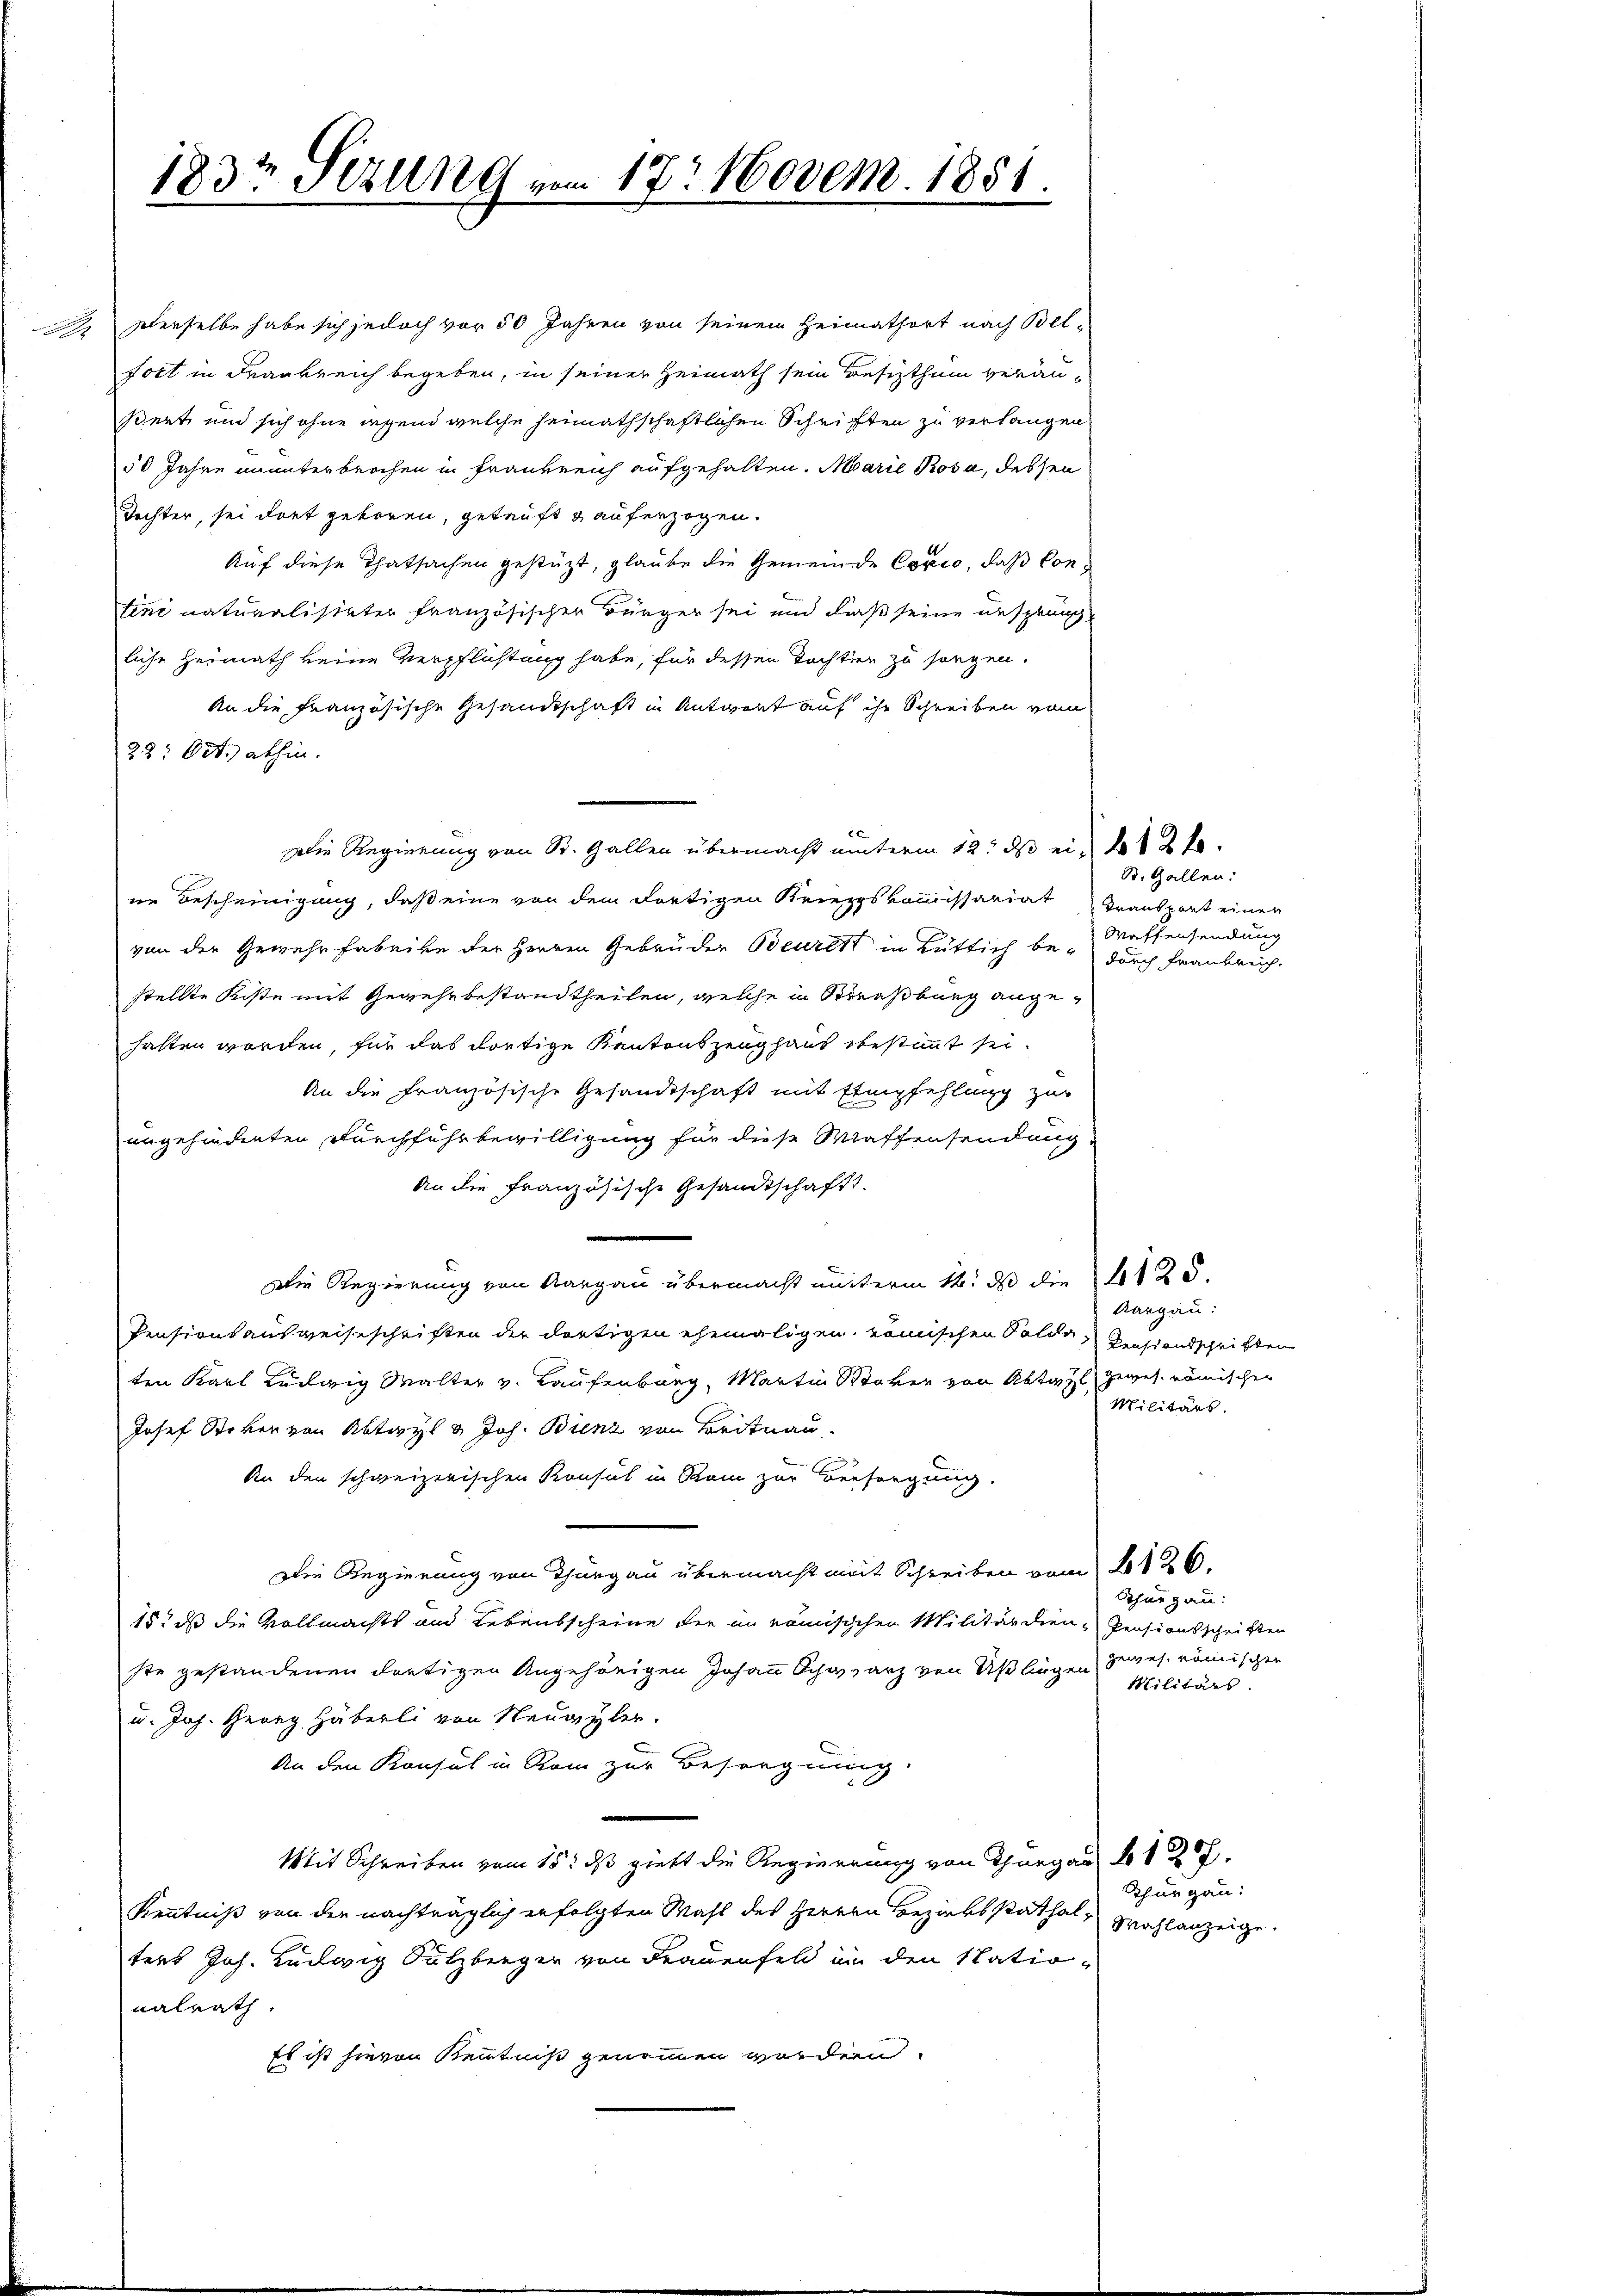
n

Derselbe habe sich jedoch vor 50 Jahren von seinem Heimathort nach Belt
fort in Frankreich begeben, in seiner Heimath sein Besitzthum veranßert und sich ohne irgend welche heimathschaftlichen Schriften zu verlangen
50 Jahre ununterbrochen in Frankreich aufgehalten. Marie Rosa, dessen
Tochter, sei dort geboren, getauft & auferzogen.
Auf diese Thatsachen gestüzt, glaube die Gemeinde Copio, daß Contini naturalisteter französischer Bürger sei und daß seine Ansprung
liche Heimath keine Verpflichtung habe, für dessen Tochten zu sorgen.
An die Französische Gesandtschaft in Antwort auf ihr Schreiben vom
28: Oct. abhin.
Die Regierung von St. Gallen übermacht unterm 12. ds ein 12 t.
ne Bescheinigung, daß eine von dem dortigen Kriegskommissariat Transport einen
von der Gewehrfabrike der Herren Gebrüder Beurest in Lüttich be- durch Frankreich.
stellte Kiste mit Gewehr bestandtheilen, welche in Straßburg angehatten worden, für das dortige Kantonszeughaus bestimmt sei.
An die Französische Gesandtschaft mit Empfehlung zur
angehänderten Durchfuhrbewilligung für diese Waffensendung
An die Französische Gesandtschaft.
Die Regierung von Aargau übermacht unterm 14. ds die 125.
Aargau:
Pensionsausweiseschriften der dortigen ehemaligen römischen Solde Bestandschriften
ten Karl Ludwig Walter v. Laufenbarg, Martin Stoker von Abtag gewes römischen
Militärs.
Josef Stoker von Abteyl & Joh. Bienz von Beitrau
An den schweizerischen Konsul in Rom zur Versorgung.
Die Regierung von Thurgau übermacht mit Schreiben vom 126.
Schurgau:
15. ds die Vollmachts und Lebensscheine der im römisischen Militärdien-Pensionsschriften
gewes nomischen
ste gestandenen dortigen Angehörigen Johann Schwarz von Üßlingen Militärs
u. Joh. Georg Häberli von Neuwyler.
An den Konsul in Rom zur Besorgnung.
Mit Schreiben vom 15. dß giebt die Regierung von Thurgau § 127.
Thurgau:
Kenntniß von der nachträglich erfolgten Wahl des Herren Bezirksstatthal¬
Wahlanzeige.
ters Joh. Ludwig Sulzberger von Frauenfeld in den Stationalrath
Es ist hievon Kenntniß genommen worden.

183t Setzung vom 17. Novem. 1858.

S. Gallen:
Waffensendung